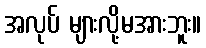
အလုပ် များလို့မအားဘူး။